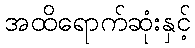
အထိရောက်ဆုံးနှင့်